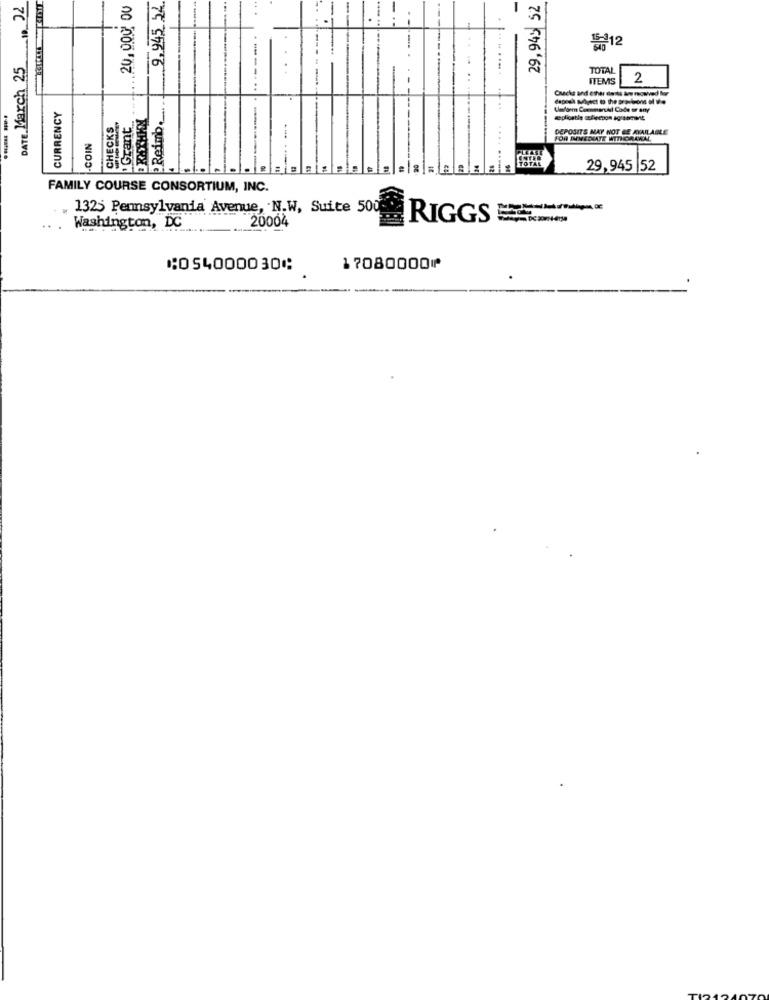
DATE March 25 , 02
20,000 00
9,945 24
29,945 52
닭12
TOTAL
ITEMS
2
Cuck and ether deits an nouved lov
Reimb.
CURRENCY
CHECKS
Grant
...... ...
DEPOSITS MAY NOT BE AVAILABLE
COIN
FOR IMMEDIATE WITHDRAWAL
29,945 52
FAMILY COURSE CONSORTIUM, INC.
. 1325 Pennsylvania Avenue, N.W, Suite 500 RIGGS E
20004
.. . Washington, DC
⑆054000030⑆
17080000⑈